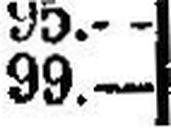
99.—